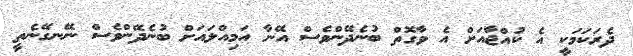
ދެރަކަމަކީ އެ ކުއްޖާއަށް އެ ވާގޮތް ބުނެދޭންވެސް އޭނާ އަމިއްލައަށް ބުނެދޭންވެސް ނޭނގޭނެތީ